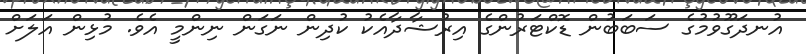
އުނދަގޫވުމުގެ ސަބަބުން ޑޮކްޓަރުންގެ އިރުޝާދާއެކު ކުދިން ނަގަން ނިންމީ އެވެ. މުޅިން އަލަށް